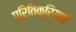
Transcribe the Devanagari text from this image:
प्रितिक्रियाएं